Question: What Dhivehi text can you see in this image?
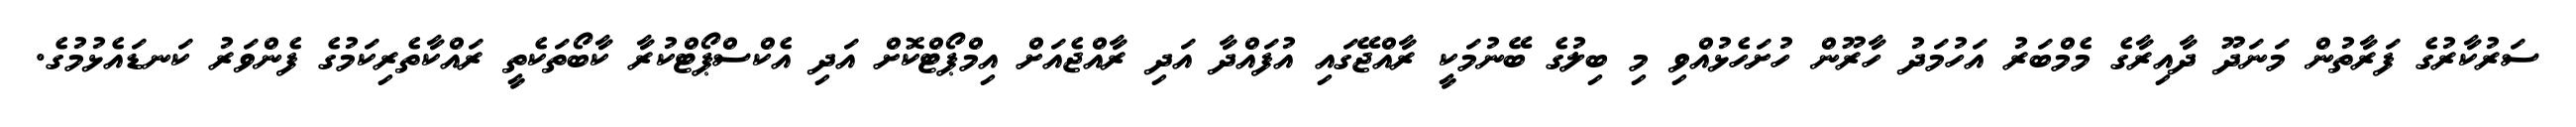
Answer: ސަރުކާރުގެ ފަރާތުން މަނަދޫ ދާއިރާގެ މެމްބަރު އަހުމަދު ހާރޫން ހުށަހެޅުއްވި މި ބިލުގެ ބޭނުމަކީ ރާއްޖޭގައި އުފައްދާ އަދި ރާއްޖެއަށް އިމްޕޯޓްކޮށް އަދި އެކްސްޕޯޓްކުރާ ކާބޯތަކެތީ ރައްކާތެރިކަމުގެ ފެންވަރު ކަނޑައެޅުމުގެ.